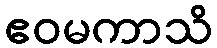
ဧဝမကာသိ